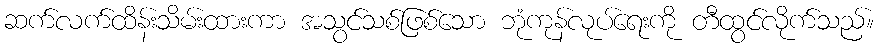
ဆက်လက်ထိန်းသိမ်းထားကာ အသွင်သစ်ဖြစ်သော ဘုံကုန်လုပ်ရေးကို တီထွင်လိုက်သည်။